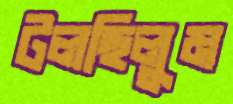
টলছিলুম